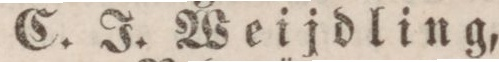
C. J. Weijdling,